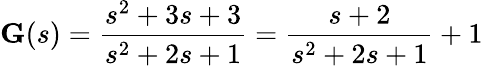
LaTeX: {\textbf{G}}(s)={\frac{s^{2}+3s+3}{s^{2}+2s+1}}={\frac{s+2}{s^{2}+2s+1}}+1